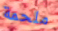
ملحمة